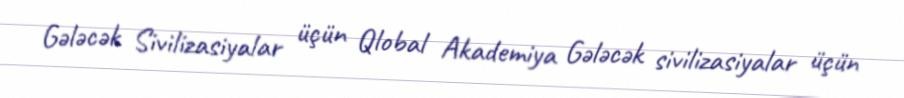
Gələcək Sivilizasiyalar üçün Qlobal Akademiya Gələcək sivilizasiyalar üçün